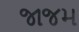
જાજમ